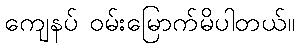
ကျေနပ် ဝမ်းမြောက်မိပါတယ်။